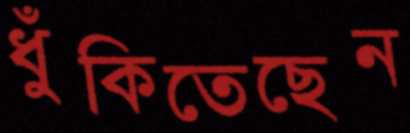
ধুঁকিতেছেন